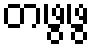
တဖွဖွ